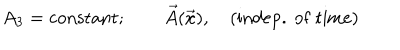
A _ { 3 } = \mathrm { c o n s t a n t } ; \qquad \vec { A } ( \vec { x } ) , \quad \mathrm { ( i n d e p . ~ o f ~ t i m e ) }